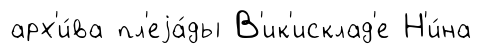
арх'и́ва пл'еjа́ды В'ик'исклад'е Н'и́на